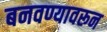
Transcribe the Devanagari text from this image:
बनवण्यावरून